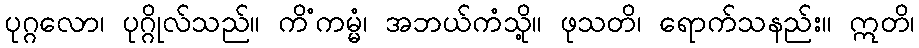
ပုဂ္ဂလော၊ ပုဂ္ဂိုလ်သည်။ ကိံကမ္မံ၊ အဘယ်ကံသို့။ ဖုသတိ၊ ရောက်သနည်း။ ဣတိ၊